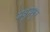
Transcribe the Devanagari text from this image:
मधुमधुर